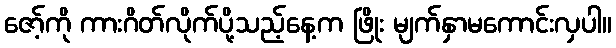
ဇော့်ကို ကားဂိတ်လိုက်ပို့သည့်နေ့က ဖြိုး မျက်နှာမကောင်းလှပါ။